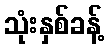
သုံးနှစ်ခန့်